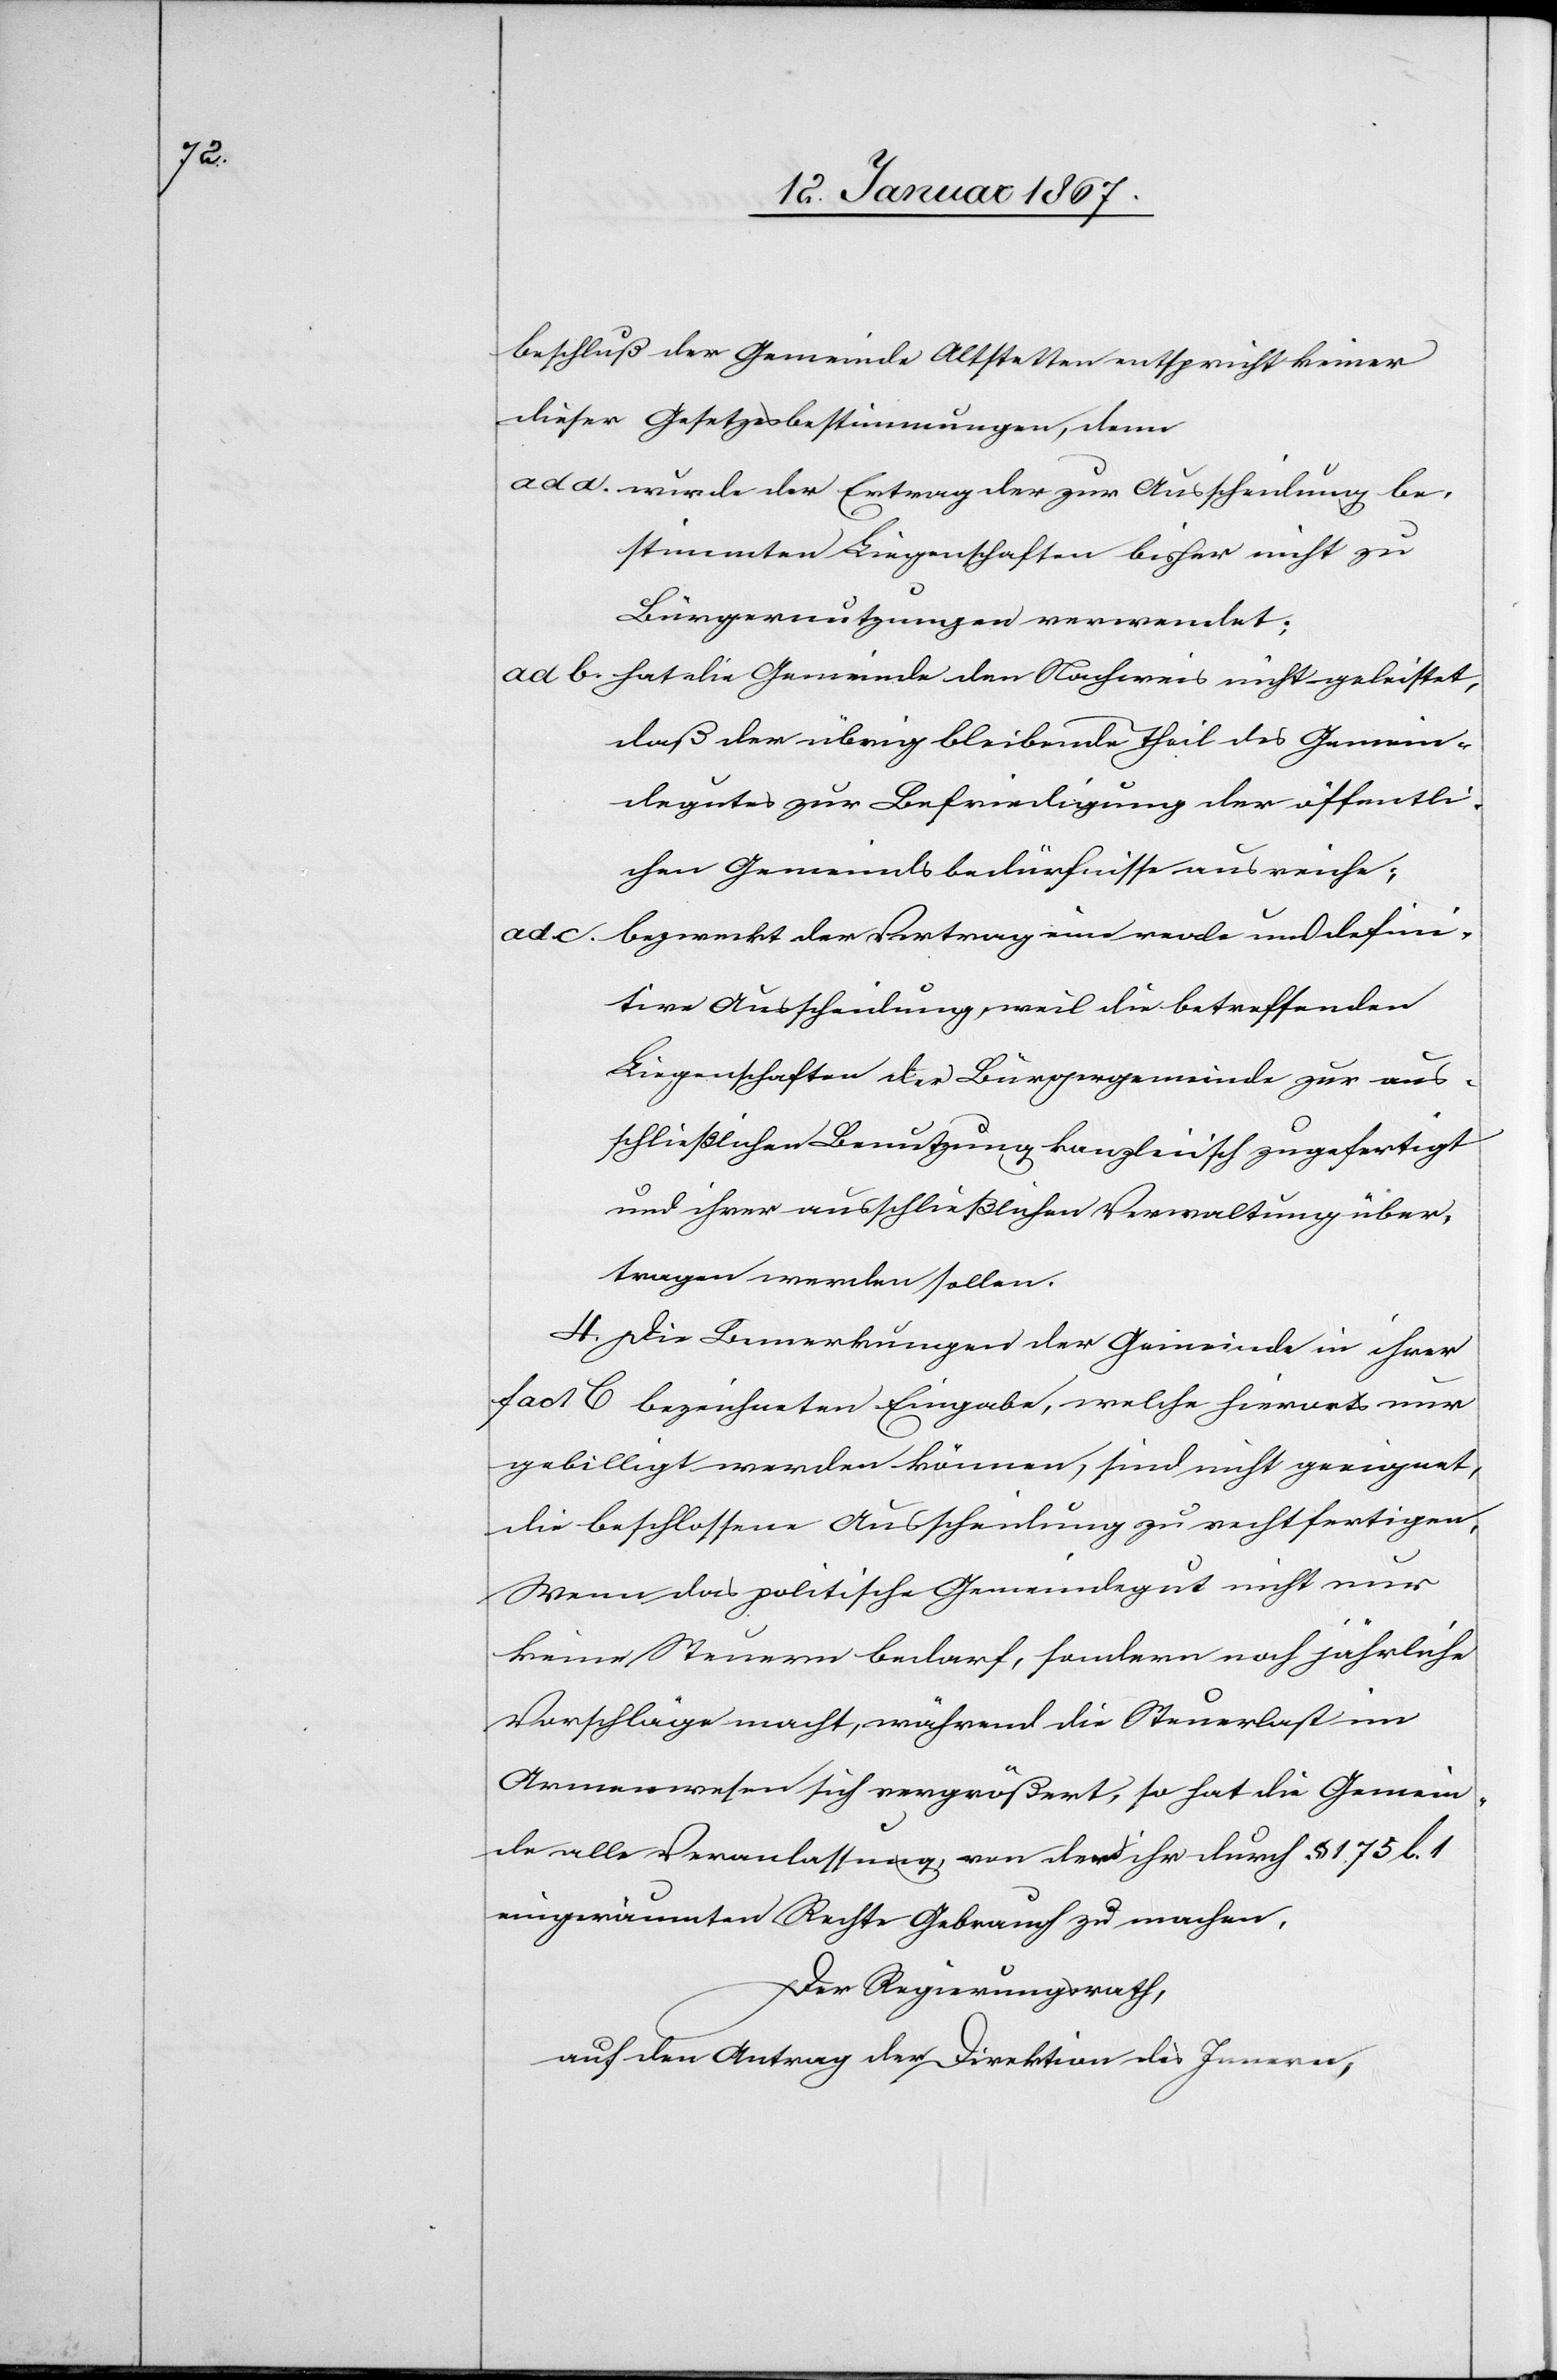
beschluß der Gemeinde Altstetten entspricht keiner
dieser Gesetzesbestimmungen, denn
ad a. wurde der Ertrag der zur Ausscheidung be¬
stimmten Liegenschaften bisher nicht zu
Bürgernutzungen verwendet;
ad b. hat die Gemeinde den Nachweis nicht geleistet,
daß der übrig bleibende Theil des Gemein¬
degutes zur Befriedigung der öffentli¬
chen Gemeindsbedürfnisse ausreiche;
bezweckt der Vertrag eine reale und defini¬
ad c.
tive Ausscheidung, weil die betreffenden
Liegenschaften der Bürgergemeinde zur aus¬
schließlichen Benutzung kanzleiisch zugefertigt
und ihrer ausschließlichen Verwaltung über¬
tragen werden sollen.
4. Die Bemerkungen der Gemeinde in ihrer
fact C bezeichneten Eingabe, welche hierorts nur
gebilligt werden können, sind nicht geeignet,
die beschlossene Ausscheidung zu rechtfertigen,
wenn das politische Gemeindegut nicht nur
keine Steuern bedarf, sondern noch jährliche
Vorschläge macht, während die Steuerlast im
Armenwesen sich vergrößert, so hat die Gemein¬
de alle Veranlassung, von dem ihr durch § 175 l. 1
eingeräumten Rechte Gebrauch zu machen.
Der Regierungsrath,
auf den Antrag der Direktion des Innern,